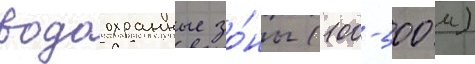
водоохранные зо́ны (100-500 м)